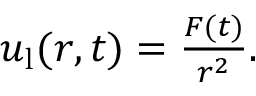
\begin{array} { r } { u _ { \mathrm { l } } ( r , t ) = \frac { F ( t ) } { r ^ { 2 } } . } \end{array}